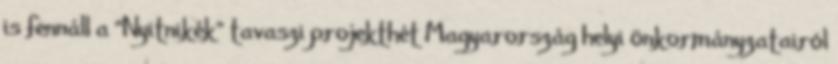
is fennáll a “Nyitnikék” tavaszi projekthét Magyarország helyi önkormányzatairól